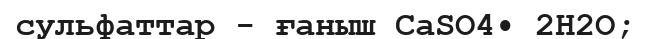
сульфаттар - ғаныш CaSO4• 2Н2O;